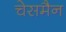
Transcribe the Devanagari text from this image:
चेसमैन